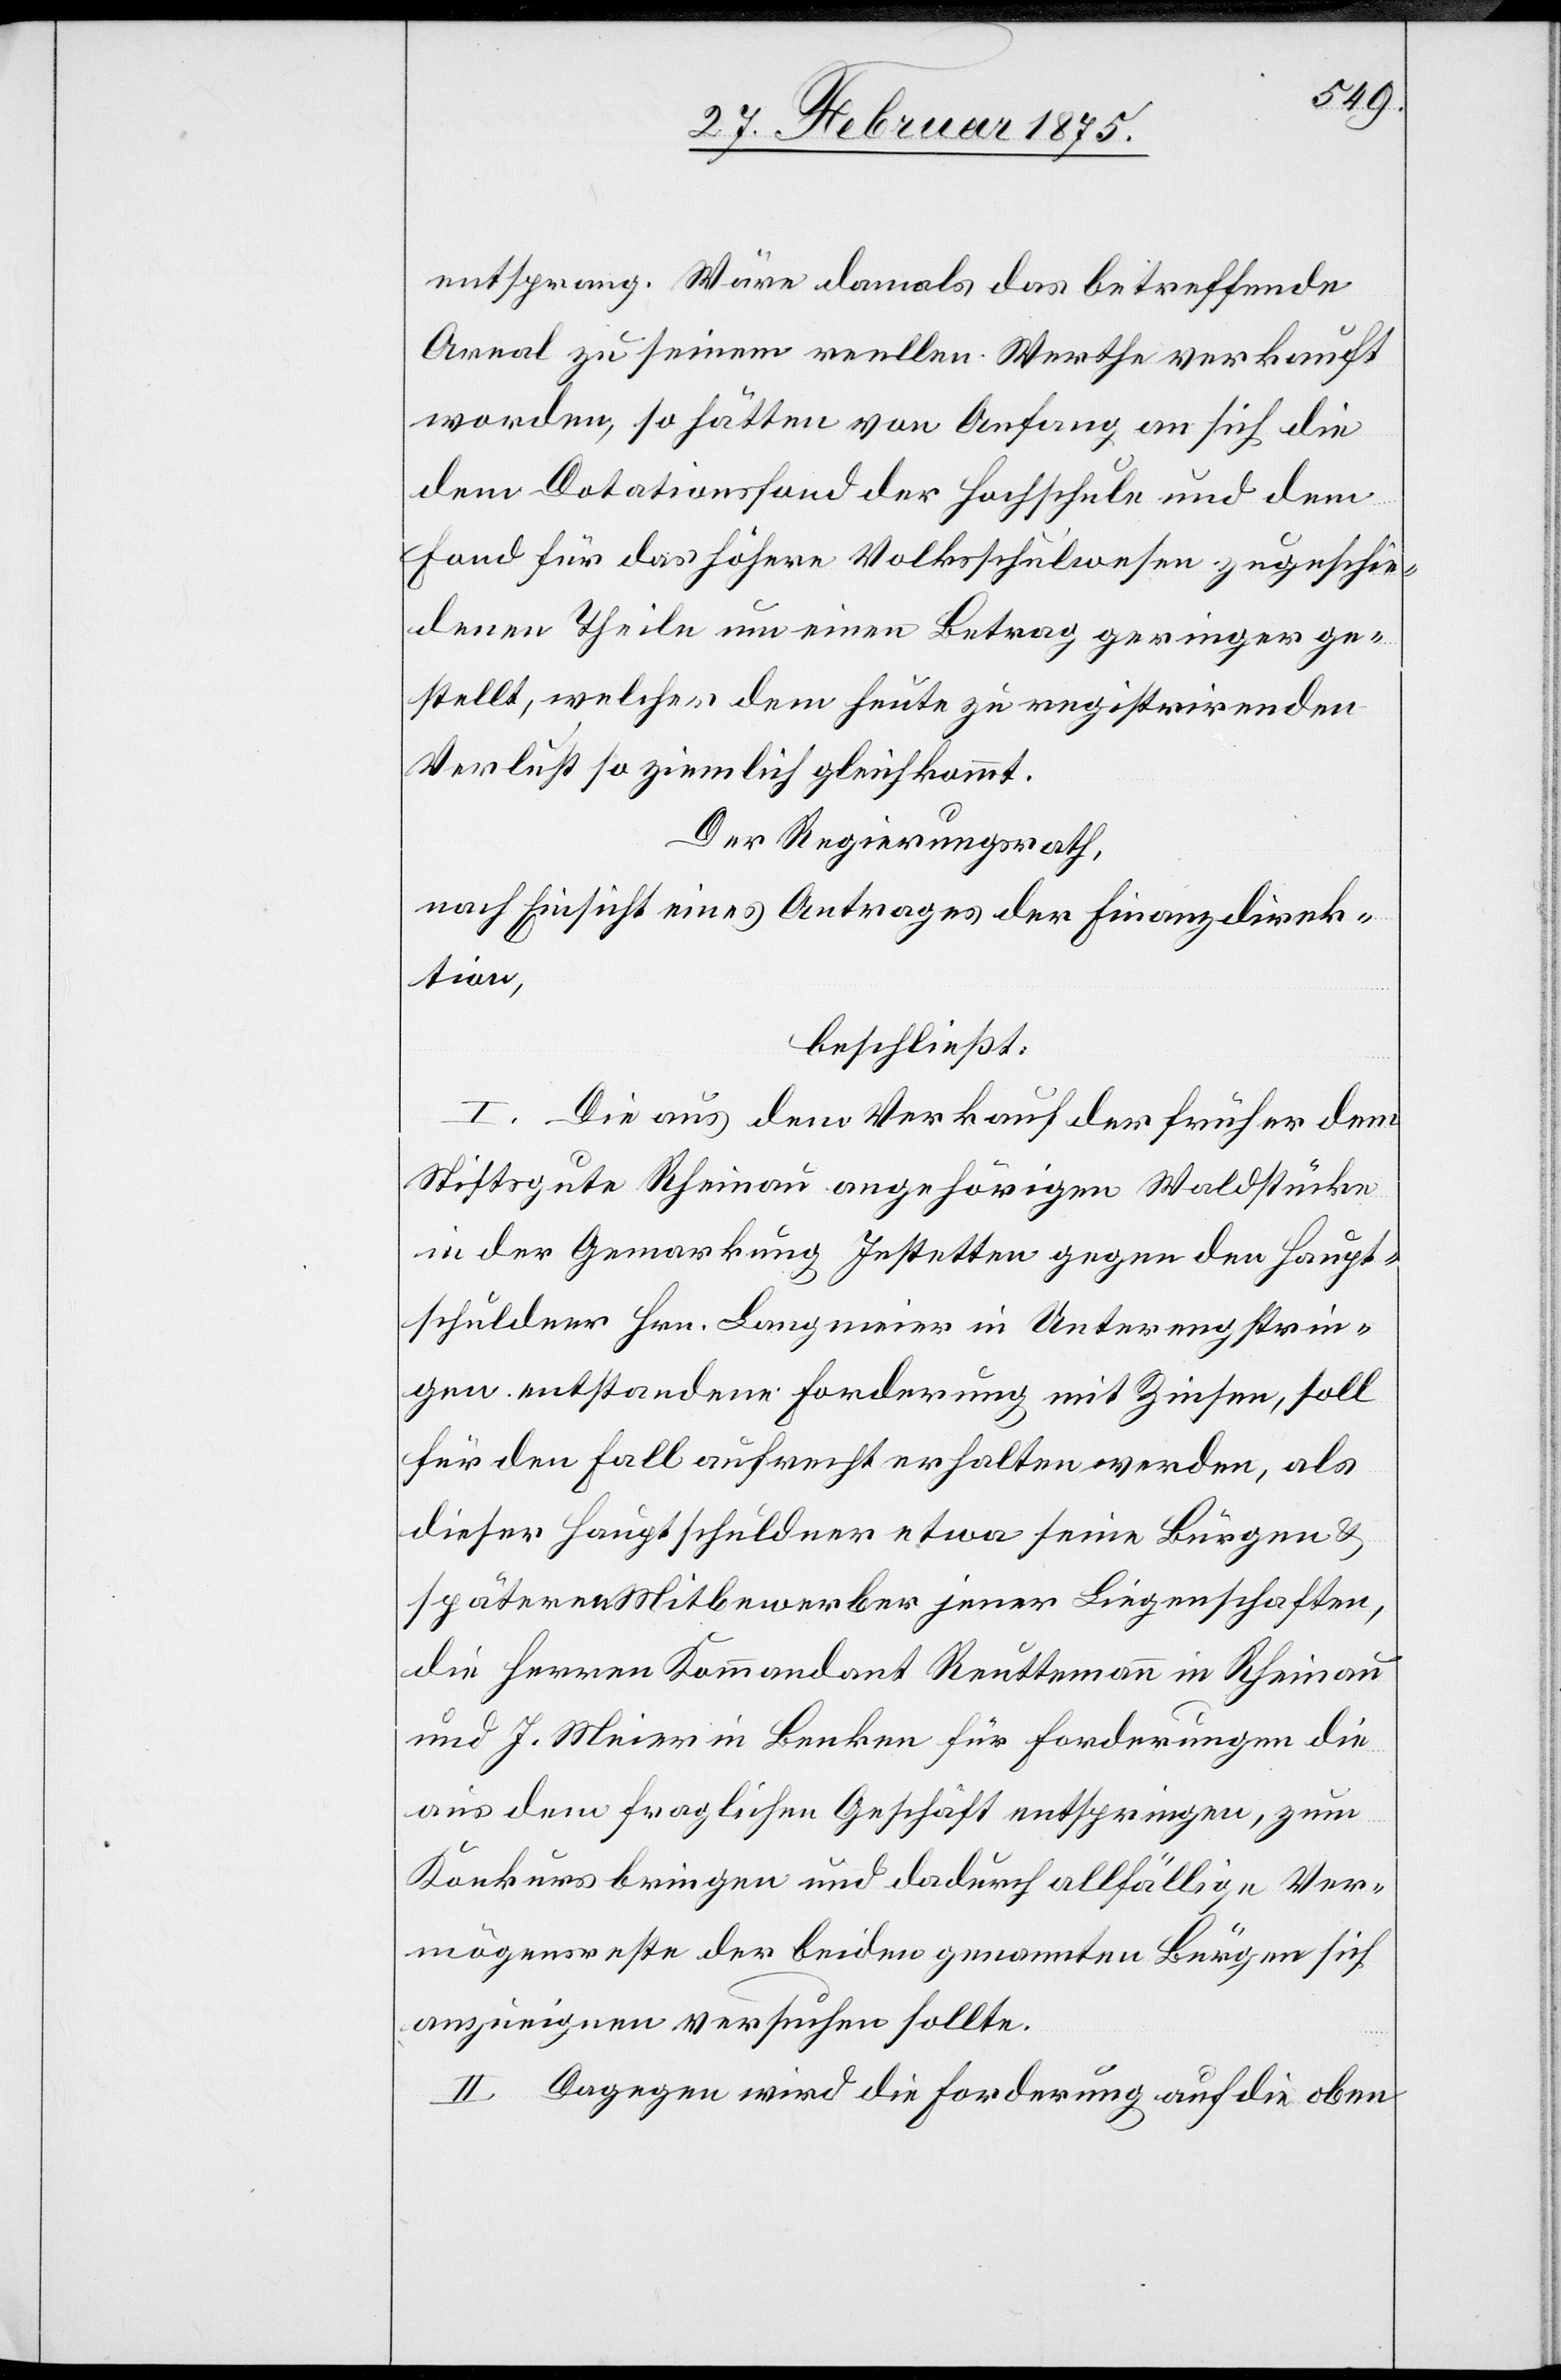
entsprang. Wäre damals das betreffende
Areal zu seinem reellen Werthe verkauft
worden, so hätten von Anfang an sich die
dem Dotationsfond der Hochschule und dem
Fond für das höhere Volksschulwesen zugeschie¬
denen Theile um einen Betrag geringer ge¬
stellt, welcher dem heute zu registrirenden
Verlust so ziemlich gleichkommt.
Der Regierungsrath,
nach Einsicht eines Antrages der Finanzdirek¬
tion,
beschließt:
I. Die aus dem Verkauf der früher dem
Stiftsgute Rheinau angehörigen Waldstücke
in der Gemarkung Jestetten gegen den Haupt¬
schuldner Hrn. Langmeier in Unterengstrin¬
gen entstandene Forderung mit Zinsen, soll
für den Fall aufrecht erhalten werden, als
dieser Hauptschuldner etwa seine Bürgen &
späteren Mitbewerber jener Liegenschaften,
die Herren Kommandant Reuttemann in Rheinau
und J. Meier in Benken für Forderungen die
aus dem fraglichen Geschäft entspringen, zum
Konkurs bringen und dadurch allfällige Ver¬
mögensreste der beiden genannten Bürgen sich
anzueignen versuchen sollte.
II. Dagegen wird die Forderung auf die oben